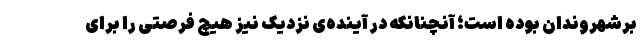
برشهروندان بوده است؛ آنچنانکه در آینده‌ی نزدیک نیز هیچ فرصتی را برای